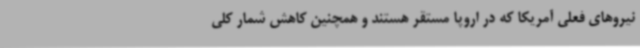
نیروهای فعلی آمریکا که در اروپا مستقر هستند و همچنین کاهش شمار کلی